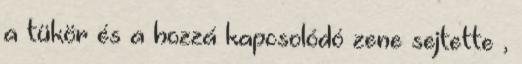
a tükör és a hozzá kapcsolódó zene sejtette ,